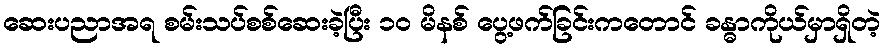
ဆေးပညာအရ စမ်းသပ်စစ်ဆေးခဲ့ပြီး ၁၀ မိနစ် ပွေ့ဖက်ခြင်းကတောင် ခန္ဓာကိုယ်မှာရှိတဲ့